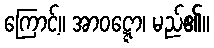
ကြောင့်။ အာဝဋ္ဋော၊ မည်၏။